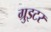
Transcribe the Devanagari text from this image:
ग्रुइटर